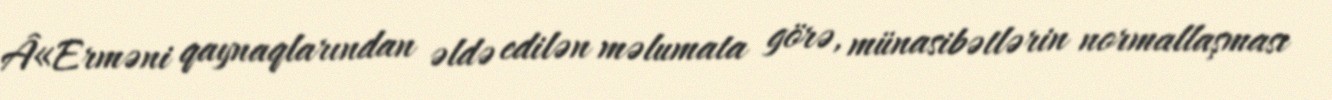
Â«Erməni qaynaqlarından əldə edilən məlumata görə, münasibətlərin normallaşması